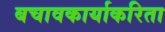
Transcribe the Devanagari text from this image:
बचावकार्याकरिता